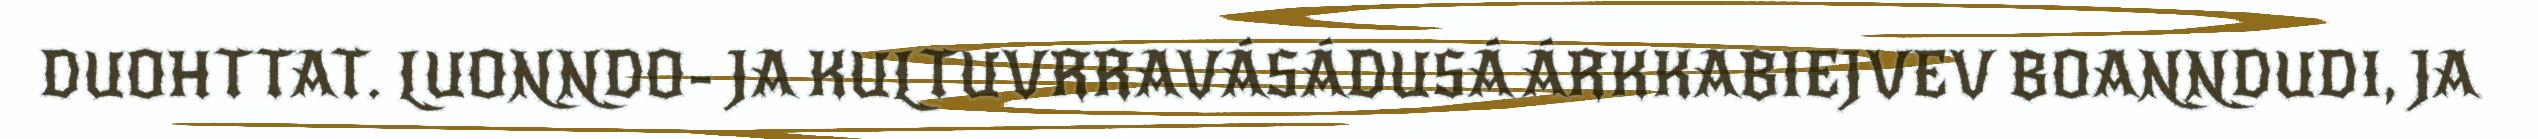
DUOHTTAT. LUONNDO- JA KULTUVRRAVÁSÁDUSÁ ÁRKKABIEJVEV BOANNDUDI, JA